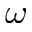
\omega